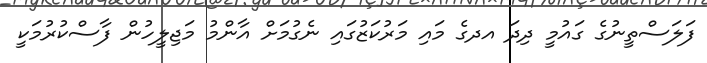
ފަލަސްތީނުގެ ގައުމީ ދިދަ އދގެ މައި މަރުކަޒުގައި ނެގުމަށް އާންމު މަޖިލީހުން ފާސްކުރުމަކީ